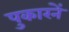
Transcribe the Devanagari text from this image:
पुकारनें